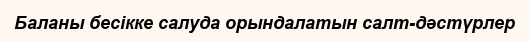
Баланы бесікке салуда орындалатын салт-дәстүрлер